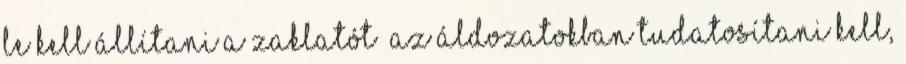
Le kell állítani a zaklatót „Az áldozatokban tudatosítani kell,